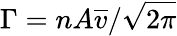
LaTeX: \Gamma=nA\overline{{v}}/\sqrt{2\pi}